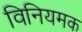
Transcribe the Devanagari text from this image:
विनियमक